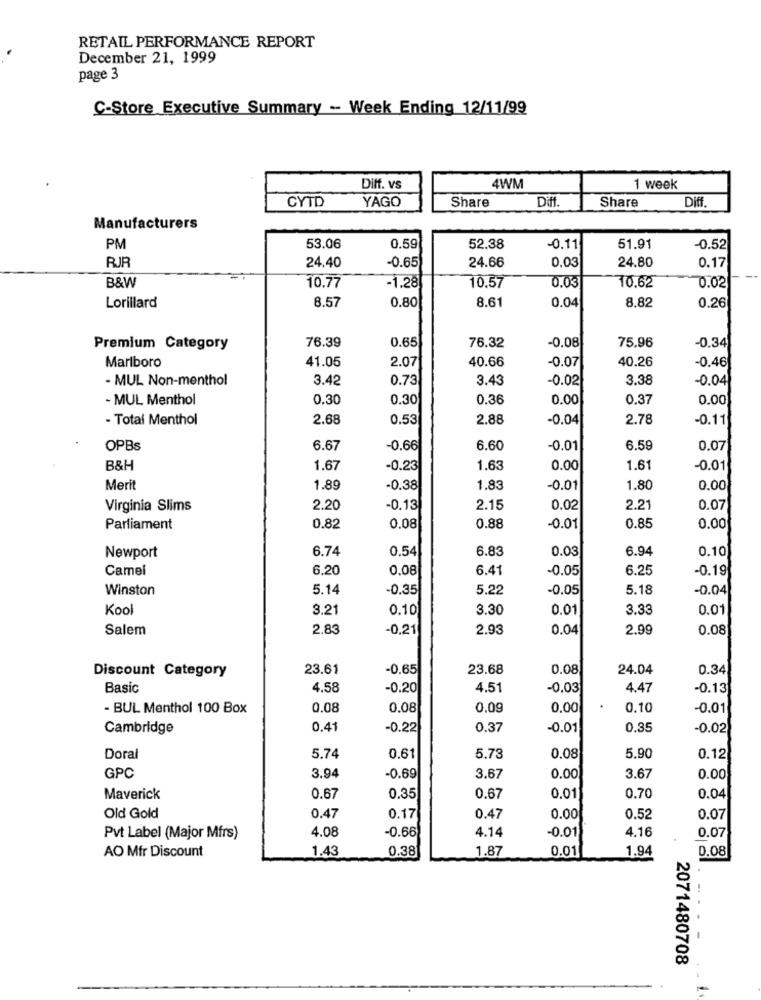
RETAIL PERFORMANCE REPORT
December 21, 1999
page 3
C-Store Executive Summary - Week Ending 12/11/99
Diff. vs
4WM
1 week
CYTD
Share
Diff.
Diff
YAGO
Share
Manufacturers
PM
53.06
0.59
52.38
-0.11
51.91
-0.52
-0.65
24.66
24.80
0.17
RJR
24.40
0.03
10.57
0.03
0.02
B&W
10.77
-1.28
10.62
0.80
8.61
8,82
Lorillard
8.57
0.04
0.26
76.39
0.65
76.32
75.96
Premium Category
-0.08
-0.34
Marlboro
41.05
40.66
-0.07
40.26
2.07
-0.46
- MUL Non-menthol
3.42
0.73
3.43
-0.02
3.38
-0.04
- MUL Menthol
0.30
0.30
0.36
0.00
0.37
0.00
- Total Menthol
2.68
0.53
2.88
-0.04
2.78
-0.11
OPBs
6.67
-0.66
6.60
-0.01
6.59
0.07
B&H
1.67
-0.23
1.63
0.00
1.61
-0.01
Merit
1.89
-0.38
1.83
-0.01
1.80
0.00
Virginia Slims
2.20
-0.13
2.15
0.02
2.21
0.07
Parliament
0.82
0.08
0.88
-0.01
0.85
0.00
6.74
0.54
6.83
0.03
6.94
0.10
Newport
Camel
6.20
0.08
6.41
-0.05
6.25
-0.19
Winston
5.14
-0.35
5.22
-0.05
5.18
-0.04
Kool
3.21
0.10
3.30
0.01
3.33
0.01
Salem
2.83
-0.21
2.93
0.04
2.99
0.08
23.61
-0.65
23.68
0.08
24.04
0.34
Discount Category
Basic
4,58
-0.20
4.51
-0.03
4.47
-0.13
- BUL Menthol 100 Box
0.08
0.08
0,09
0.00
0.10
-0.01
Cambridge
0.41
-0.22
0.37
-0.01
0,35
-0.02
Doral
5.74
0.61
5.73
0.08
5.90
0.12
GPC
3.94
-0.69
3.67
0.00
3.67
0.00
0.70
Maverick
0.67
0.35
0.67
0,01
0.04
Old Gold
0.47
0.17
0.47
0.00
0.52
0.07
4.14
Pvt Label (Major Mfrs)
4.08
-0.66
-0.01
4.16
0.07
AO Mfr Discount
1.43
0.38
0.01
0.08
1.87
1.94
2071480708
-